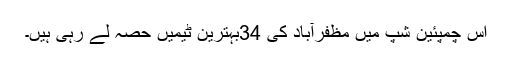
اس چمپئین شپ میں مظفرآباد کی 34بہترین ٹیمیں حصہ لے رہی ہیں۔